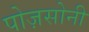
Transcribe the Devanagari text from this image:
पोज़सोनी